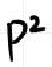
$p^{2}$